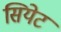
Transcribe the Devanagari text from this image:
सियेट